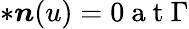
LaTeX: \ast\boldsymbol{n}(u)=0\mathrm{~a~t~}\Gamma